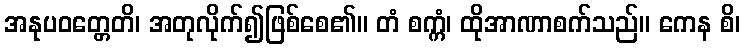
အနုပဝတ္တေတိ၊ အတုလိုက်၍ဖြစ်စေ၏။ တံ စက္ကံ၊ ထိုအာဏာစက်သည်။ ကေန စိ၊